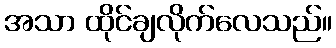
အသာ ထိုင်ချလိုက်လေသည်။